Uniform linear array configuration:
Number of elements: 48
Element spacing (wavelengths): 0.25
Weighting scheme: cosine
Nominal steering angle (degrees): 45
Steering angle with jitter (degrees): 43.325
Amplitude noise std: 0.05
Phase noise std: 0.05

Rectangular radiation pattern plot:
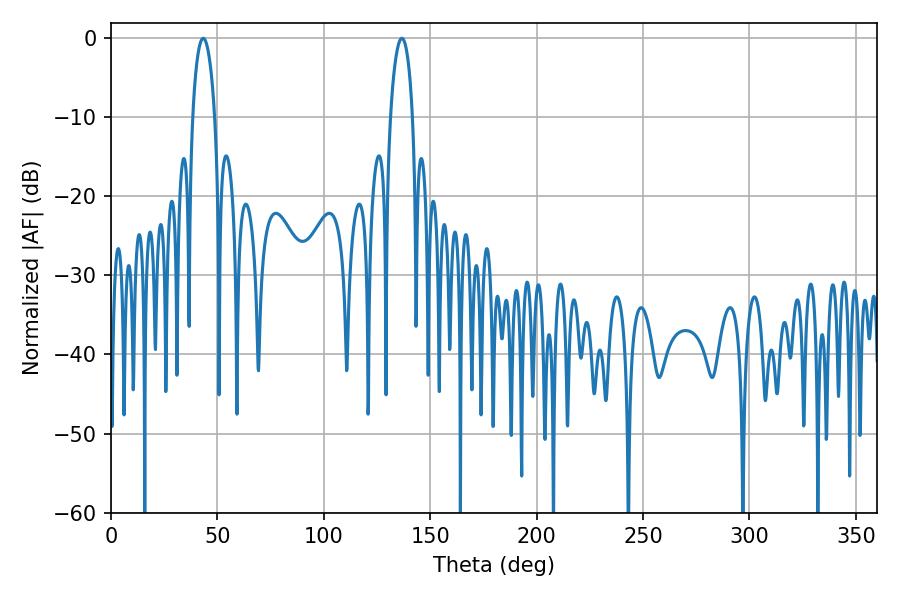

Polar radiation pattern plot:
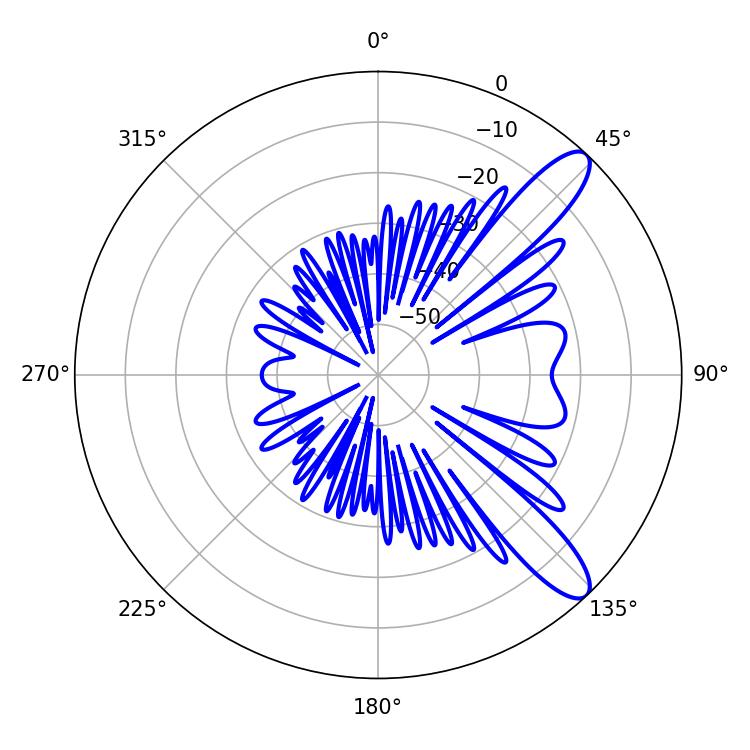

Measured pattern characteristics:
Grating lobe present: FALSE
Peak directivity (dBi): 10.981
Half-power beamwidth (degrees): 5.94
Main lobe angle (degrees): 43.38